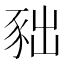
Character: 𧰹